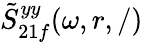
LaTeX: \tilde{S}_{21f}^{yy}(\omega,r,/)